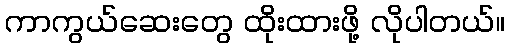
ကာကွယ်ဆေးတွေ ထိုးထားဖို့ လိုပါတယ်။